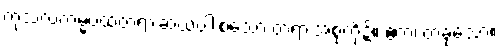
ကုသလကမ္မပထတရားဆယ်ပါးစသော တရားအစုတို့၌။ ဧကံ၊ တခုသော။